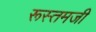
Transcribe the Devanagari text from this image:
रूस्‍तमजी